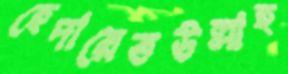
হেদায়েতউল্লাহ